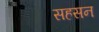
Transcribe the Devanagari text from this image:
सहसन